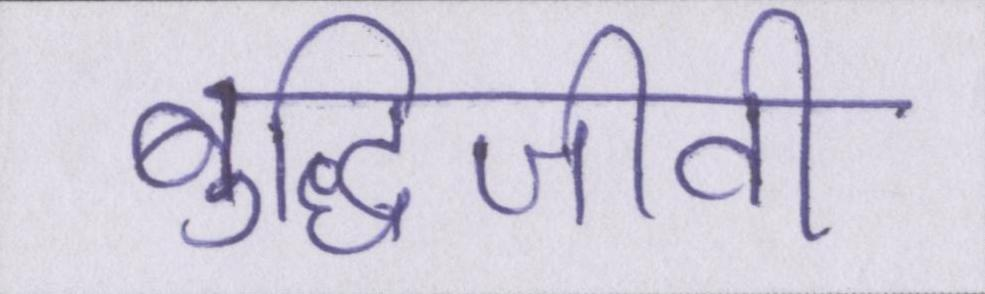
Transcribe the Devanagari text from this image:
बुद्धिजीवी